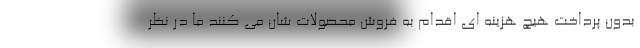
بدون پرداخت هیچ هزینه ای اقدام به فروش محصولات شان می کنند ما در نظر